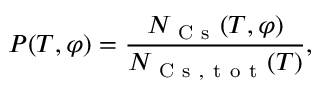
P ( T , \varphi ) = \frac { N _ { \mathrm { ~ C ~ s ~ } } ( T , \varphi ) } { N _ { \mathrm { ~ C ~ s ~ } , \mathrm { ~ t ~ o ~ t ~ } } ( T ) } ,